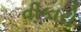
વીકારો